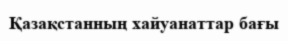
Қазақстанның хайуанаттар бағы